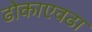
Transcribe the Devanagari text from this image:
ढोकाएवढा